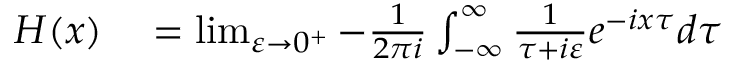
\begin{array} { r l } { H ( x ) } & { { } = \operatorname* { l i m } _ { \varepsilon \to 0 ^ { + } } - { \frac { 1 } { 2 \pi i } } \int _ { - \infty } ^ { \infty } { \frac { 1 } { \tau + i \varepsilon } } e ^ { - i x \tau } d \tau } \end{array}